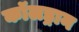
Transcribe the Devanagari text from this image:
कॉलड्रान